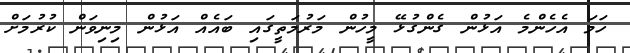
ހަމަ އެހެންމެ އަޅުން ގެންގުޅޭ މީހުން މަރުމަތީގައި ބައެއް އަޅުން މިނިވަން ކުރުމަށް